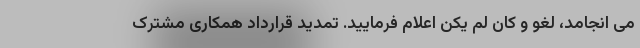
می انجامد، لغو و کان لم یکن اعلام فرمایید. تمدید قرارداد همکاری مشترک